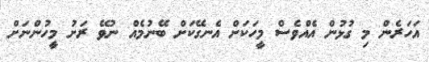
އަހަރެން މި ގުޅުން އެއްވެސް މީހަކަށް އެނގޭކަށް ބޭނުމެއް ނުވޭ ރަށު މީހުންނަށް